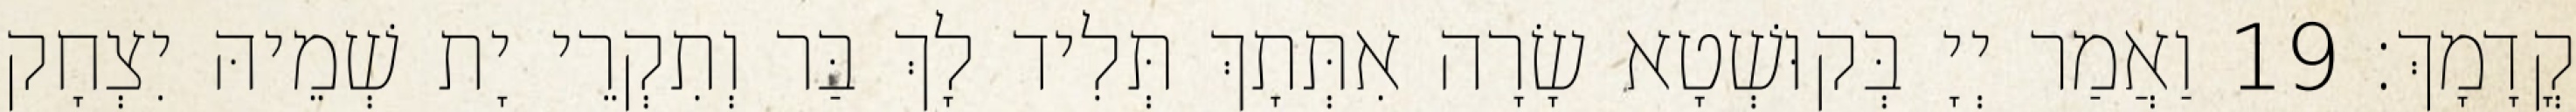
קֳדָמָךְ׃ 19 וַאֲמַר יְיָ בְּקוּשְׁטָא שָׂרָה אִתְּתָךְ תְּלִיד לָךְ בַּר וְתִקְרֵי יָת שְׁמֵיהּ יִצְחָק